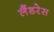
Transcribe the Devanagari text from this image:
लैंडरेस